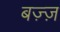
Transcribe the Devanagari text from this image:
बज़्ज़